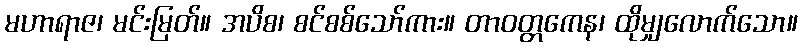
မဟာရာဇ၊ မင်းမြတ်။ အပိစ၊ စင်စစ်သော်ကား။ တာဝတ္တကေန၊ ထိုမျှလောက်သော။